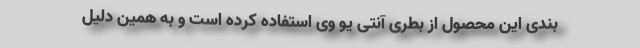
بندی این محصول از بطری آنتی یو وی استفاده کرده است و به همین دلیل